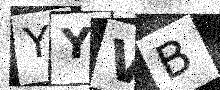
Text: YYVB